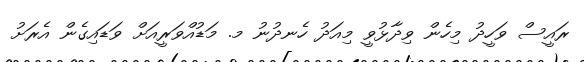
ރައީސް ވަހީދު މިހެން ވިދާޅުވީ މިއަދު ހެނދުނު މ. މަޑުއްވަރީއަށް ވަޑައިގެން އެރަށު